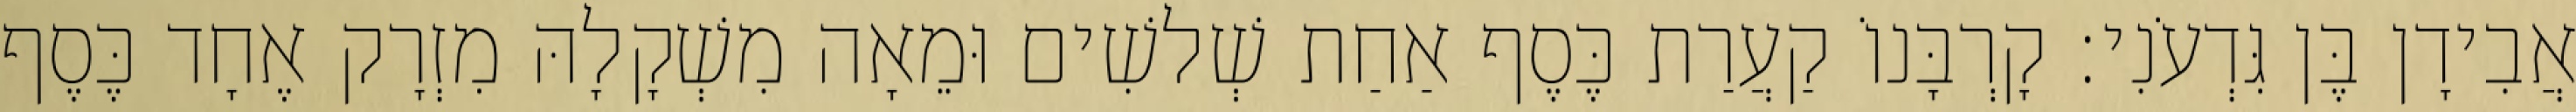
אֲבִידָן בֶּן גִּדְעֹנִי׃ קָרְבָּנוֹ קַעֲרַת כֶּסֶף אַחַת שְׁלשִׁים וּמֵאָה מִשְׁקָלָהּ מִזְרָק אֶחָד כֶּסֶף